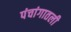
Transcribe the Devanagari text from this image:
पंचांगातली